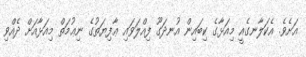
އަށެވެ. އެކަލާނގެއީ މިއަޅާގެ ކިބައިން އުނދަގޫ ފިއްލަވައި ޢާފިޔަތުގެ ނިޢުމަތް މިއަޅާއަށް ދެއްވި